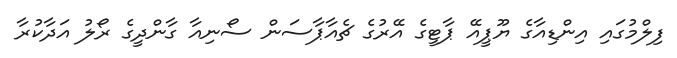
ފިލްމުގައި އިންޑިއާގެ ޔޫޕީއޭ ޕާޓީގެ އޭރުގެ ޗެއާޕާސަން ސޯނިއާ ގާންދީގެ ރޯލު އަދާކުރާ